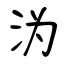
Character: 沩